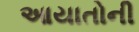
આયાતોની